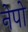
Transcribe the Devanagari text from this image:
नेपो